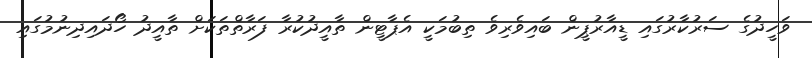
ވަހީދުގެ ސަރުކާރުގައި ޑީއާރުޕީން ބައިވެރިވެ ތިބުމަކީ އެޕާޓީން ތާއީދުކުރާ ފަރާތްތަކަށް ތާއީދު ހޯދައިދިނުމުގައި